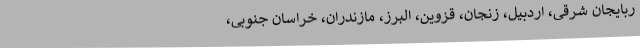
ربایجان شرقی، اردبیل، زنجان، قزوین، البرز، مازندران، خراسان جنوبی،